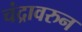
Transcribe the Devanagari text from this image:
चंद्रावरुन